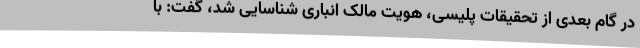
در گام بعدی از تحقیقات پلیسی، هویت مالک انباری شناسایی شد، گفت: با